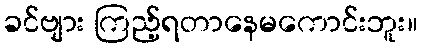
ခင်ဗျား ကြည့်ရတာနေမကောင်းဘူး။